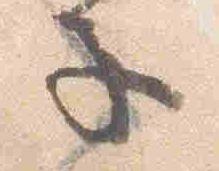
子